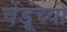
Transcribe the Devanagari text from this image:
चेंडूंच्या